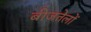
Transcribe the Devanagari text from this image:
बीजतेलों